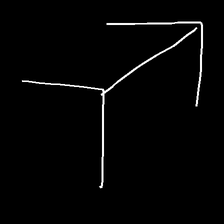
Glyph: gather